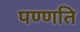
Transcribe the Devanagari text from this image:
पण्णति